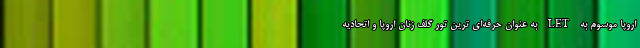
اروپا موسوم به LET به عنوان حرفه‌ای ترین تور گلف زنان اروپا و اتحادیه